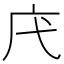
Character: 𢇙